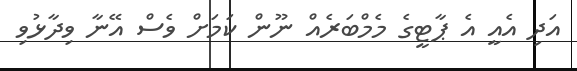
އަދި އެއީ އެ ޕާޓީގެ މެމްބަރެއް ނޫން ކަމަށް ވެސް އޭނާ ވިދާޅުވި